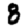
Digit: 8